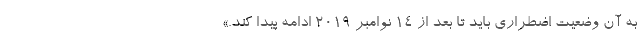
به آن وضعیت اضطراری باید تا بعد از ۱۴ نوامبر ۲۰۱۹ ادامه پیدا کند.»